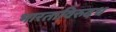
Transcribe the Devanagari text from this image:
भारताविरुदध